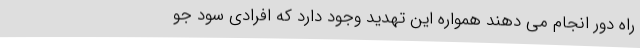
راه دور انجام می دهند همواره این تهدید وجود دارد که افرادی سود جو